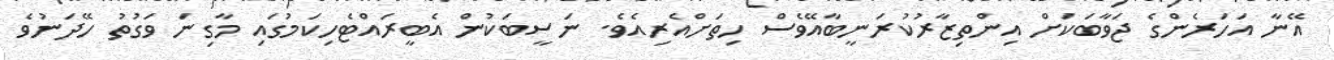
އޭނާ އަހަރެންގެ ޖަވާބަކަށް އިންތިޒާރުކުރަނީބާއޭވެސް ހިތަށްއެރިއެވެ. ނަސީބަކުން އެބީރައްޓެހިކަމުގައި މާގިނަ ވަގުތު ހޭދަނުވެ